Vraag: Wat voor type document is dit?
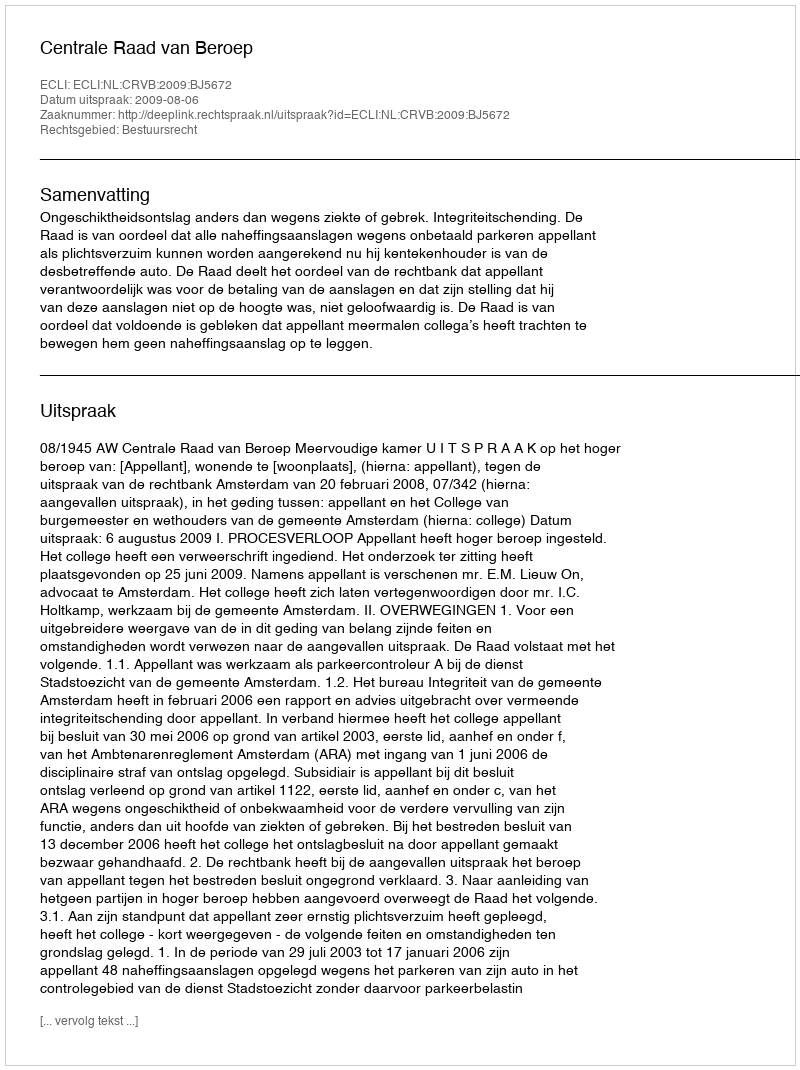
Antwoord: Uitspraak